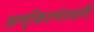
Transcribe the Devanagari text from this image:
अणुकिरणोत्सर्गी